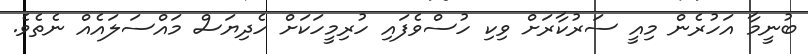
ބުނީމާ އަހުރެން މިއީ ސަރުކާރަށް ވިކި ހުސްވެފައި ހުރިމީހަކަށް ހެދިޔަސް މައްސަލައެއް ނެތެވެ.